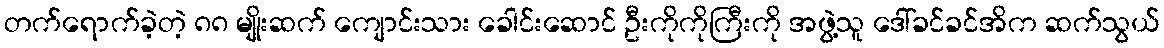
တက်ရောက်ခဲ့တဲ့ ၈၈ မျိုးဆက် ကျောင်းသား ခေါင်းဆောင် ဦးကိုကိုကြီးကို အဖွဲ့သူ ဒေါ်ခင်ခင်အိက ဆက်သွယ်